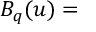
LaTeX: B _ { q } ( u ) =